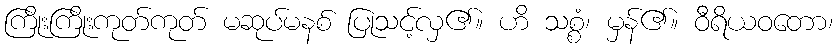
ကြိုးကြိုးကုတ်ကုတ် မဆုပ်မနစ် ပြုသင့်လှ၏။ ဟိ သစ္စံ၊ မှန်၏။ ဝီရိယဝတော၊